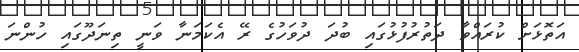
އަތޮޅަށް ކުރައްވާ ދަތުރުފުޅުގައި ބުދަ ދުވަހުގެ ރޭ އެކަމަނާ ވަނީ ތިނަދޫގައި ހުންނަ